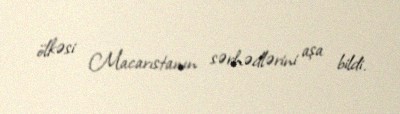
ölkəsi Macarıstanın sərhədlərini aşa bildi.